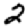
Digit: 2